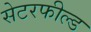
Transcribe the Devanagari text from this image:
सेटरफील्ड